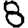
Digit: 8